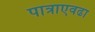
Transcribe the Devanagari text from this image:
पात्राएवढा